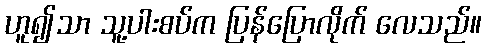
ဟူ၍သာ သူ့ပါးစပ်က ပြန်ပြောလိုက် လေသည်။